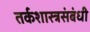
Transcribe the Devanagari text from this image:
तर्कशास्त्रसंबंधी